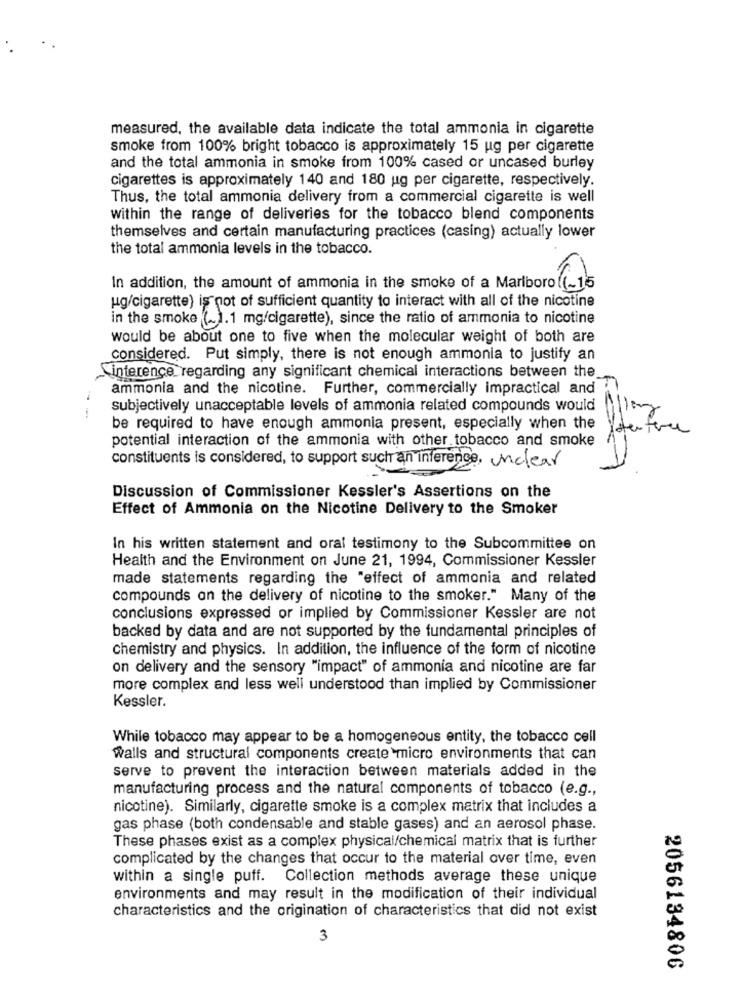
measured, the available data indicate the total ammonia in cigarette
smoke from 100% bright tobacco is approximately 15 ug per cigarette
and the total ammonia in smoke from 100% cased or uncased burley
cigarettes is approximately 140 and 180 ug per cigarette, respectively.
Thus, the total ammonia delivery from a commercial cigarette is well
within the range of deliveries for the tobacco blend components
themselves and certain manufacturing practices (casing) actually lower
the total ammonia levels in the tobacco.
In addition, the amount of ammonia in the smoke of a Marlboro (~15
ug/cigarette) is not of sufficient quantity to interact with all of the nicotine
in the smoke (~].1 mg/cigarette), since the ratio of ammonia to nicotine
would be about one to five when the molecular weight of both are
considered. Put simply, there is not enough ammonia to justify an
interence regarding any significant chemical interactions between the
ammonia and the nicotine. Further, commercially impractical and
subjectively unacceptable levels of ammonia related compounds would
be required to have enough ammonia present, especially when the
potential interaction of the ammonia with other tobacco and smoke
constituents is considered, to support such an inference, unclear
Discussion of Commissioner Kessler's Assertions on the
Effect of Ammonia on the Nicotine Delivery to the Smoker
In his written statement and oral testimony to the Subcommittee on
Health and the Environment on June 21, 1994, Commissioner Kessler
made statements regarding the "effect of ammonia and related
compounds an the delivery of nicotine to the smoker." Many of the
conclusions expressed or implied by Commissioner Kessler are not
backed by data and are not supported by the fundamental principles of
chemistry and physics. In addition, the influence of the form of nicotine
on delivery and the sensory "impact" of ammonia and nicotine are far
more complex and less well understood than implied by Commissioner
Kessler.
While tobacco may appear to be a homogeneous entity, the tobacco cell
walls and structural components create micro environments that can
serve to prevent the interaction between materials added in the
manufacturing process and the natural components of tobacco (e.g .,
nicotine). Similarly, cigarette smoke is a complex matrix that includes a
gas phase (both condensable and stable gases) and an aerosol phase.
These phases exist as a complex physical/chemical matrix that is further
complicated by the changes that occur to the material over time, even
within a single puff. Collection methods average these unique
environments and may result in the modification of their individual
characteristics and the origination of characteristics that did not exist
3
2056134806